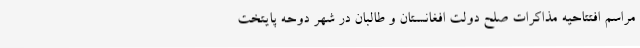
مراسم افتتاحیه مذاکرات صلح دولت افغانستان و طالبان در شهر دوحه پایتخت